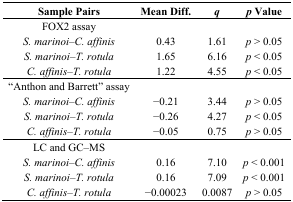
| Sample Pairs | Mean Diff. | q | p Value |
 | --- | --- | --- | --- |
 | FOX2 assay |  |  |  |
 | S. marinoi–C. affinis | 0.43 | 1.61 | p > 0.05 |
 | S. marinoi–T. rotula | 1.65 | 6.16 | p < 0.05 |
 | C. affinis–T. rotula | 1.22 | 4.55 | p < 0.05 |
 | “Anthon and Barrett” assay |  |  |  |
 | S. marinoi–C. affinis | −0.21 | 3.44 | p > 0.05 |
 | S. marinoi–T. rotula | −0.26 | 4.27 | p < 0.05 |
 | C. affinis–T. rotula | −0.05 | 0.75 | p > 0.05 |
 | LC and GC–MS |  |  |  |
 | S. marinoi–C. affinis | 0.16 | 7.10 | p < 0.001 |
 | S. marinoi–T. rotula | 0.16 | 7.09 | p < 0.001 |
 | C. affinis–T. rotula | −0.00023 | 0.0087 | p > 0.05 |